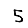
Digit: 5